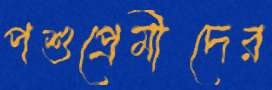
পশুপ্রেমীদের